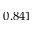
0 . 8 4 1